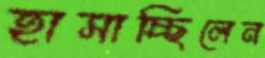
হাসাচ্ছিলেন